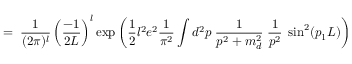
= \; \frac { 1 } { ( 2 \pi ) ^ { l } } \left( \frac { - 1 } { 2 L } \right) ^ { l } \exp \left( \frac { 1 } { 2 } l ^ { 2 } e ^ { 2 } \frac { 1 } { \pi ^ { 2 } } \int d ^ { 2 } p \; \frac { 1 } { p ^ { 2 } + m _ { d } ^ { 2 } } \; \frac { 1 } { p ^ { 2 } } \; \sin ^ { 2 } ( p _ { 1 } L ) \right)